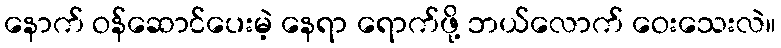
နောက် ဝန်ဆောင်ပေးမဲ့ နေရာ ရောက်ဖို့ ဘယ်လောက် ဝေးသေးလဲ။